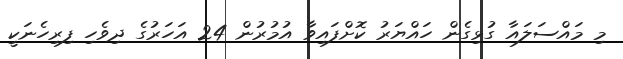
މި މައްސަލައާ ގުޅިގެން ހައްޔަރު ކޮށްފައިވާ އުމުރުން 24 އަހަރުގެ ދިވެހި ފިރިހެނަކީ